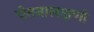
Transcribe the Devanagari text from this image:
चेतनालक्षणो